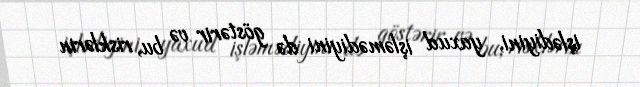
işlədiyini, yaxud işləmədiyini də göstərir və bu, risklərin